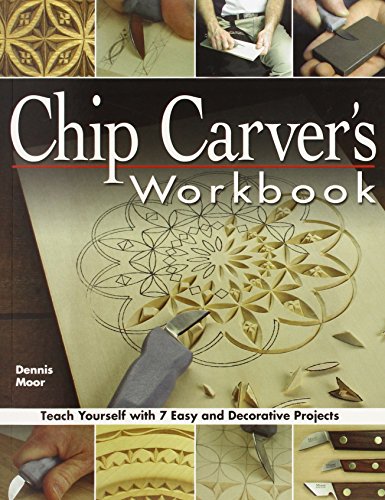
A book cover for Chip Carver's Workbook: Teach Yourself with 7 Easy & Decorative Projects; Dennis Moor; Crafts, Hobbies & Home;